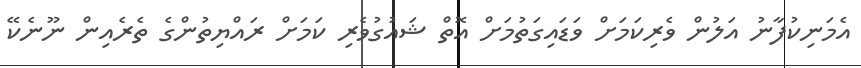
އެމަނިކުފާނު އަލުން ވެރިކަމަށް ވަޑައިގަތުމަށް އޮތް ޝައުގުވެރި ކަމަށް ރައްޔިތުންގެ ތެރެއިން ނޫނެކޭ